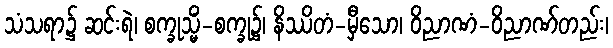
သံသရာ၌ ဆင်းရဲ၊ စက္ခုသ္မိံ-စက္ခု၌၊ နိဿိတံ-မှီသော၊ ဝိညာဏံ-ဝိညာဏ်တည်း၊